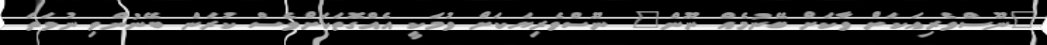
"ނޫސްވެރިއަކަށް ވާކަށް ބޭނުމެއް ނޫން" ނޫސްވެރިޔަކަށް ވުމަކީ އެއްގޮތަކަށްވެސް ކުރަން ބޭނުންވި ނުވަތަ